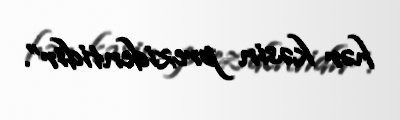
hər kəsin prezidentidir”.